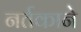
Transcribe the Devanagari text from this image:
नर्तकाने